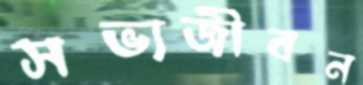
সভ্যজীবন